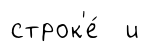
строк'е́ и